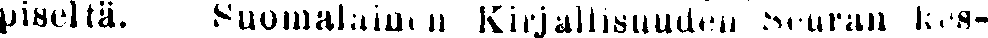
piseltä. Suomalainen Kirjallisuuden Seuran kes-